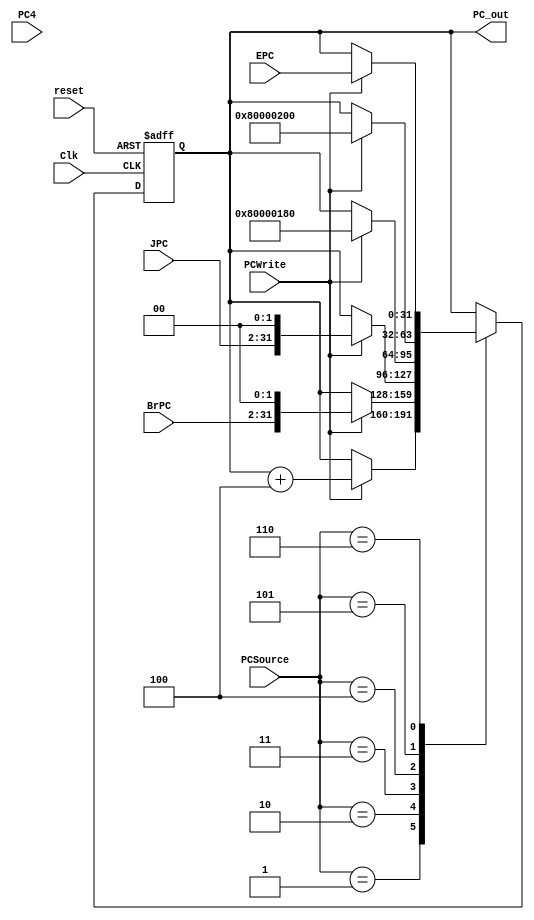
module PC(Clk, reset, PCSource, PC4, BrPC, JPC, EPC, PCWrite, PC_out);
	input Clk, reset, PCWrite;
	input[2:0] PCSource;
	input[31:0] PC4;
	input[31:2] BrPC, JPC;
	input[31:0] EPC;
	output[31:0] PC_out;
	reg[31:0] PC_out;
	`define EXCEPTION 32'h80000180
	`define INT 32'h80000200
	always @(negedge Clk, posedge reset)
	begin
		if(reset)
			PC_out <= 32'hBFC00000;
		else
		begin
			case(PCSource)
				3'b001:if(PCWrite) PC_out <= PC_out + 4;
				3'b010:if(PCWrite) PC_out <= BrPC << 2;
				3'b011:if(PCWrite) PC_out <= JPC << 2;
				3'b100:if(PCWrite) PC_out <= `EXCEPTION;
				3'b101:if(PCWrite) PC_out <= `INT;
				3'b110:if(PCWrite) PC_out <= EPC;
			endcase
		end
	end
endmodule